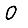
Digit: 0